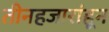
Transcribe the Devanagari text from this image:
तीनहजारांहून